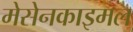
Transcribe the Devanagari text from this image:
मेसेनकाइमल